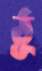
ঠু